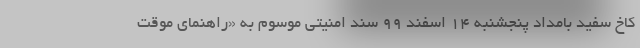
کاخ سفید بامداد پنجشنبه 14 اسفند 99 سند امنیتی موسوم به «راهنمای موقت